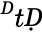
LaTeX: ^ḊtḌ